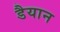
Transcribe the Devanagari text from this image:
डैयान